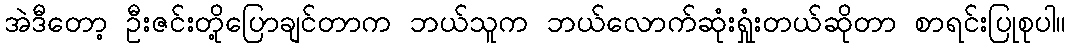
အဲဒီတော့ ဦးဇင်းတို့ပြောချင်တာက ဘယ်သူက ဘယ်လောက်ဆုံးရှုံးတယ်ဆိုတာ စာရင်းပြုစုပါ။